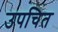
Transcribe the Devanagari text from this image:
उपचित